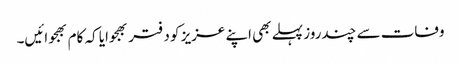
وفات سے چندروز پہلے بھی اپنے عزیز کو دفتر بھجوایا کہ کام بھجوائیں۔